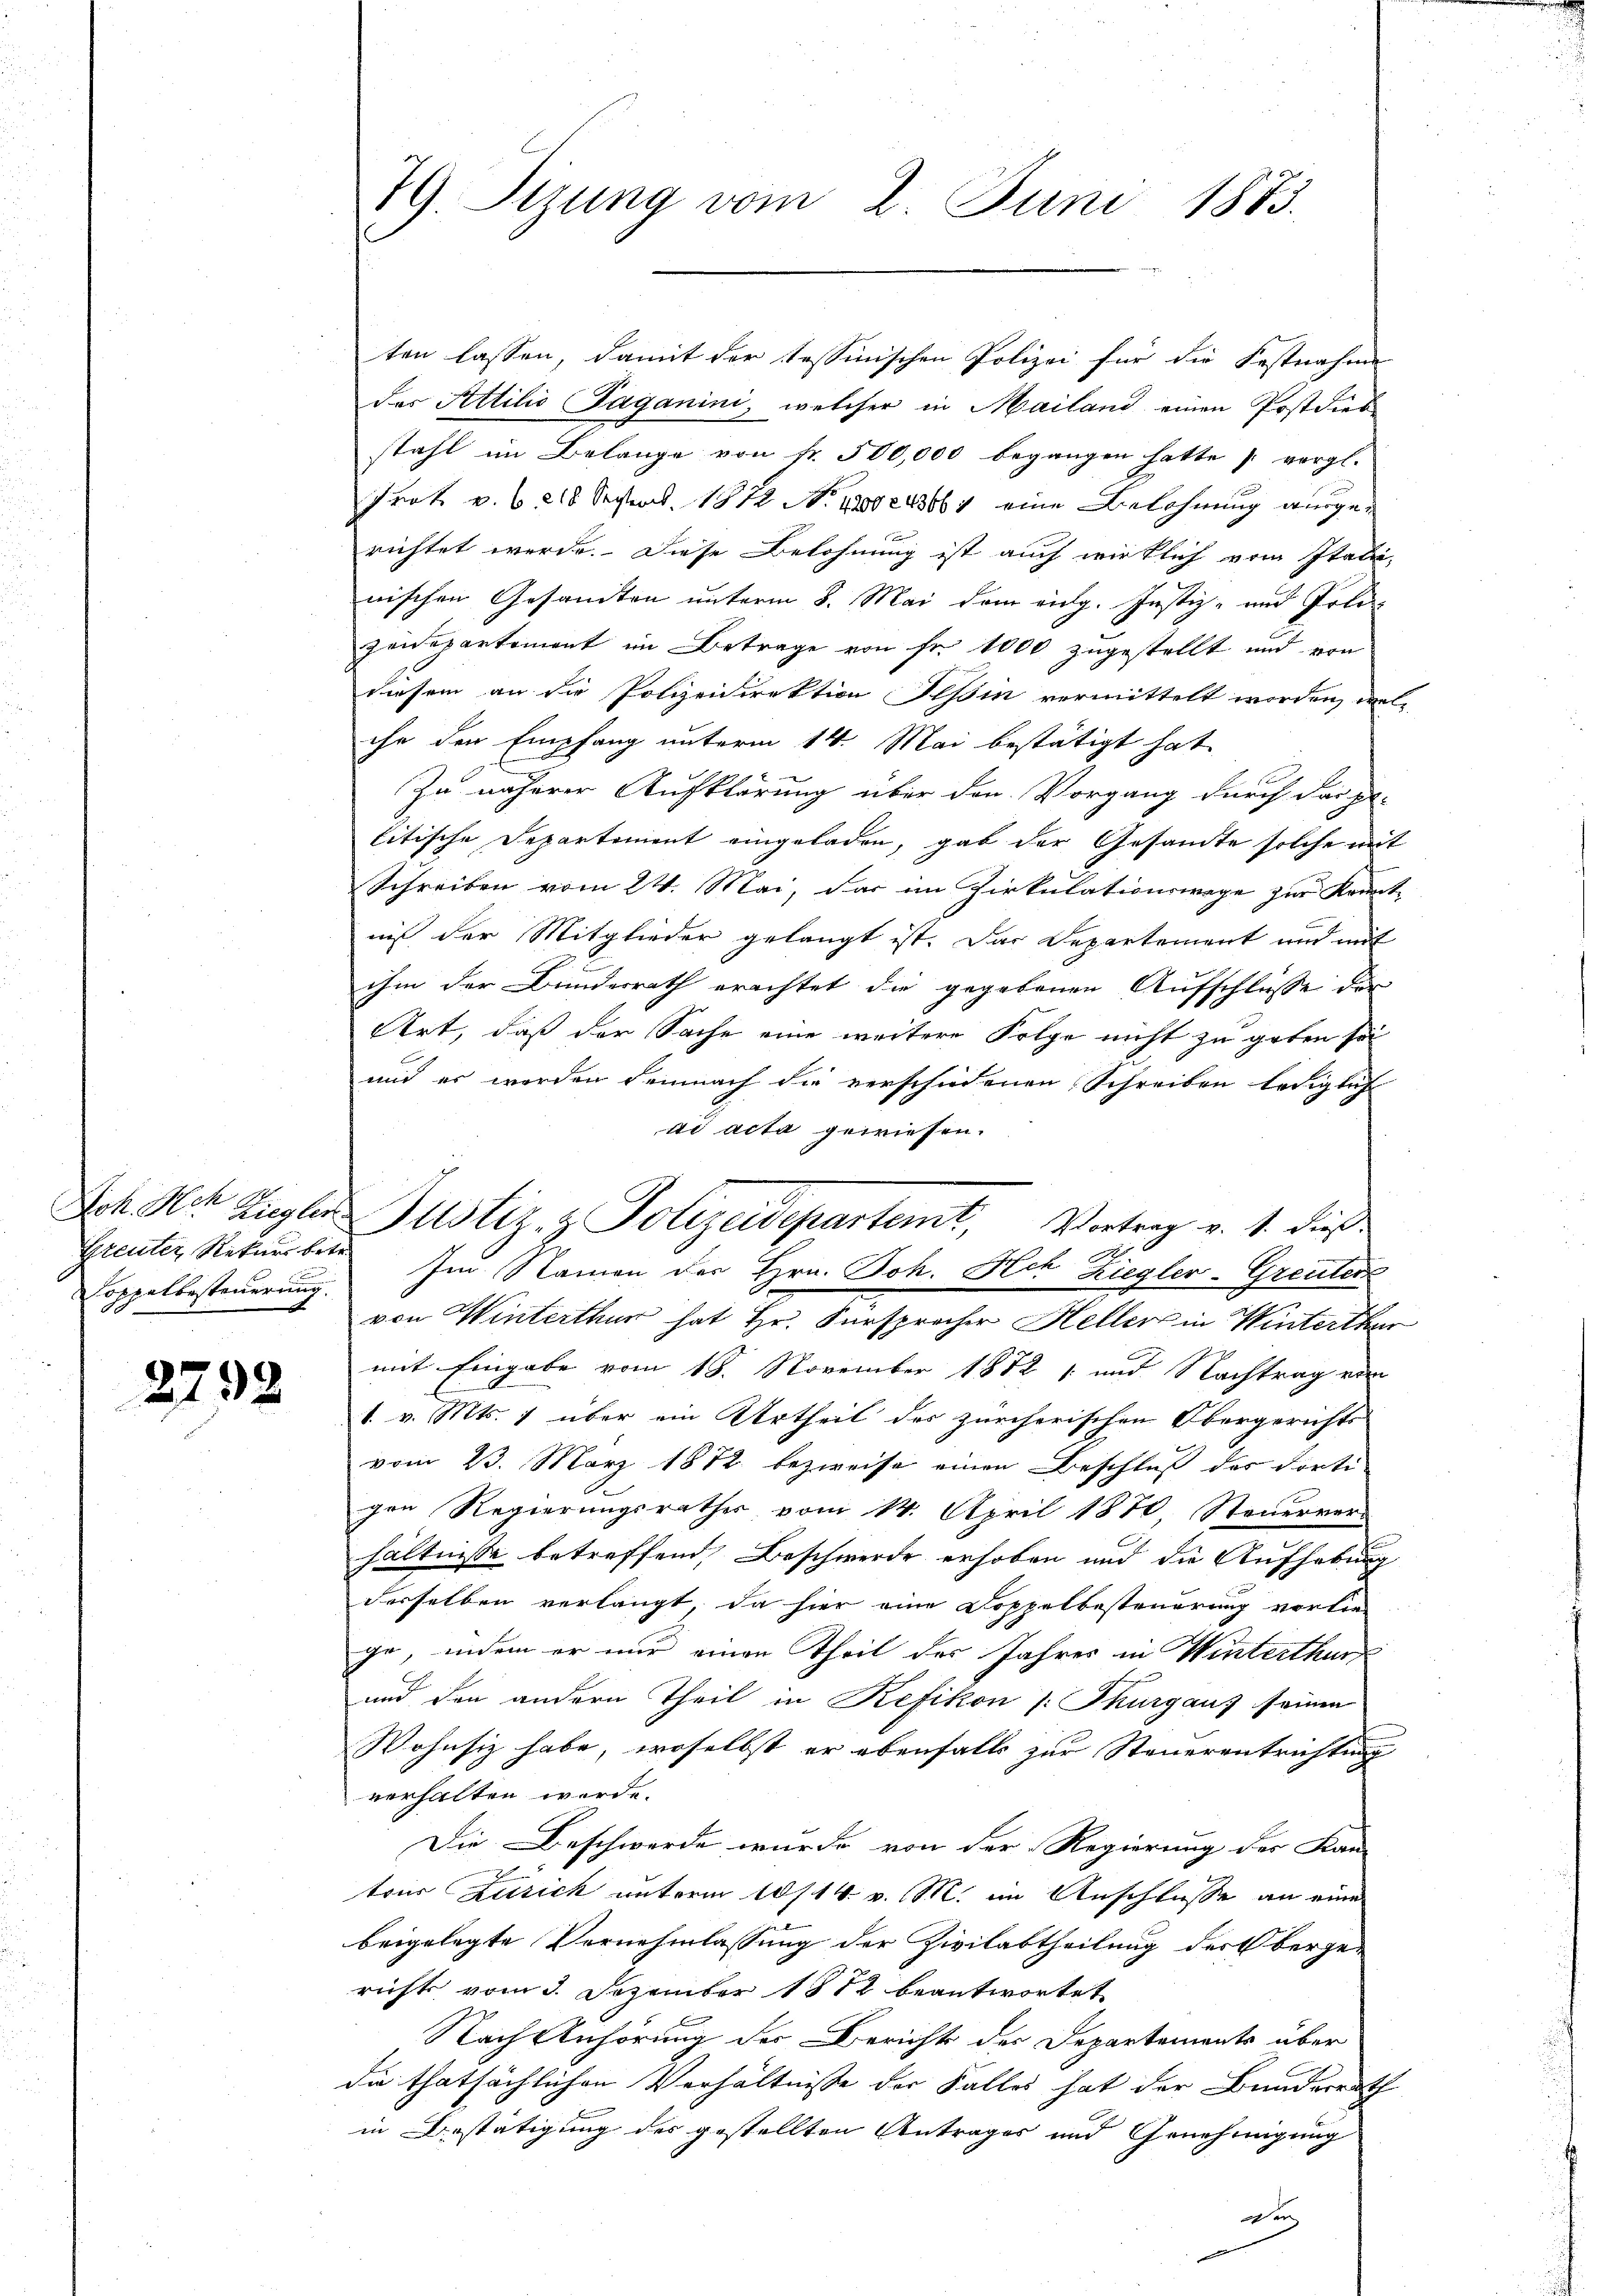
Ao 18
Joh. Her Ziegler
Greuter Rekurs betr.
Sc

2792

ten lassen, damit der Tessinischen Polizei für die Festnahme
das Attilio Paganini, welcher in Mailand einen Postdies
stahl im Belange von fr. 500,000 begangen hatte s. vergl.
Trat v. 6. 218. Seiteres 1872 No 130243667 eine Belohnung ausgerichtet werde. Diese Belohnung ist auch wirklich vom Italie,
nischen Gesandten unterm 8. Mai dem eidg. Justiz- und Polizeidepartement im Betrage von Fr. 1000 zugestellt und von
diesem an die Polizeidirektion Isoin vermittelt worden, welc
che den Empfang unterm 14. Mai bestätigt hat,
Zu näherer Aufklärung über den Vorgang durch der z.
litische Departement eingeladen, gab der Gesandte solche mit
Schreiben vom 24. Mai, das im Zirkulationswege zur Kenntniß der Mitglieder gelangt ist. Das Departement und mit
ihm der Bunderrath erachtet die gegebenen Aufschlüsse der
Art, daß der Sache eine weitere Folge nicht zu geben sei
und er werden demnach die verschiedenen Schreiben lediglich
ad acta gewiesen.
Justiz- & Polizeidepartemt, Vortrag v. 1. dies
oppelbesteuerung. Im Namen der Hrn. Joh. Ach Ziegler-Greuter
von Winterthur hat Hr. Fürsprocher Heller in Winterthur
mit Eingabe vom 18. November 1872 1 und Nachtrag von
1. v. Mts. 1 über ein Urtheil des zürcherischen Obergerichts
vom 23. März 1872 bezweife einen Beschluß der dorti-
gen Regierungsrathes vom 14. April 1870, Steuerver-
hältnisse betreffend, Beschwerde erhoben und die Aufhebung
derselben verlangt, da hier eine Doppelbesteuerung vorlie-
ge, indem er nur einen Theil des Jahres in Winterthur
und den andern Theil in Kefikon [: Thurgaus seinen
Wohnsiz habe, woselbst er ebenfalls zur Steuerentrichtung
verhalten werde.
Die Beschwerde wurde von der Regierung der Kan-
tons Zusick unterm 10/14. v. M. im Anschlusse an eine
beigelegte Vernehmlassung der Zivilabtheilung der Obergerichts vom 3. Dezember 1882 beantwortet
Nach Anhörung der Berichts des Departements über
die thatsächlichen Verhältnisse der Falles hat der Bundesrath
in Bestätigung des gestellten Antrages und Genehmigung
er

79. Sizung vom 2. Juni 1873.